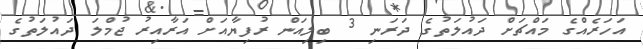
އަހަރެއްގެ މައްޗަށް ދައުލަތުގެ ދަރަނި 3 ބިލިއަން ރުފިޔާއަށް އަރާއިރު ޖުމްލަ ދައުލަތުގެ